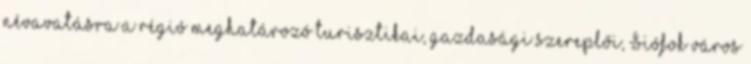
névavatásra a régió meghatározó turisztikai, gazdasági szereplői, Siófok város